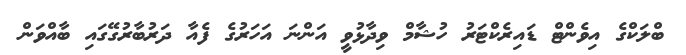
ބްލަކްގެ އިވެންޓް ޑައިރެކްޓަރު ހުޝާމް ވިދާޅުވީ އަންނަ އަހަރުގެ ފެއާ ދަރުބާރުގޭގައި ބާއްވަން